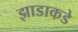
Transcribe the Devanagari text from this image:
झाडाकडे